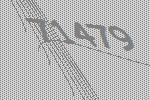
71479